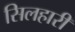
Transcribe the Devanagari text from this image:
सिलहारी